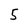
Character: 5